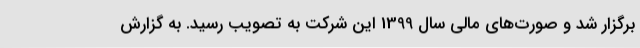
برگزار شد و صورت‌های مالی سال 1399 این شرکت به تصویب رسید. به گزارش